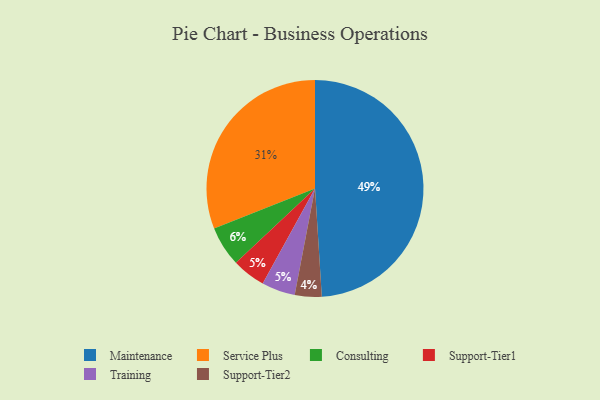
{"axis": {"x": "Category", "y": "Percentage"}, "legend": ["Consulting", "Maintenance", "Service Plus", "Support-Tier1", "Support-Tier2", "Training"], "data": [{"x": "Service Plus", "y": 31, "type": "Service Plus"}, {"x": "Support-Tier1", "y": 5, "type": "Support-Tier1"}, {"x": "Support-Tier2", "y": 4, "type": "Support-Tier2"}, {"x": "Maintenance", "y": 49, "type": "Maintenance"}, {"x": "Training", "y": 5, "type": "Training"}, {"x": "Consulting", "y": 6, "type": "Consulting"}]}